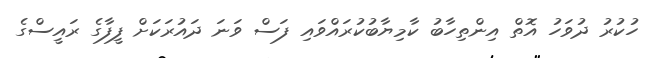
ހުކުރު ދުވަހު އޮތް އިންތިހާބު ކާމިޔާބުކުރައްވައި ފަސް ވަނަ ދައުރަކަށް ފީފާގެ ރައީސްގެ